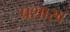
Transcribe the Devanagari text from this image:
प्रशाख